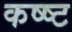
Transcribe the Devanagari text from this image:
कष्ष्ट